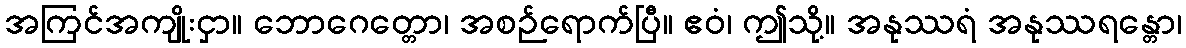
အကြင်အကျိုးငှာ။ ဘောဂေတ္တော၊ အစဉ်ရောက်ပြီ။ ဧဝံ၊ ဤသို့။ အနုဿရံ အနုဿရန္တော၊